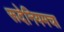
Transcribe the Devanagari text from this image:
रूदेनियमचा